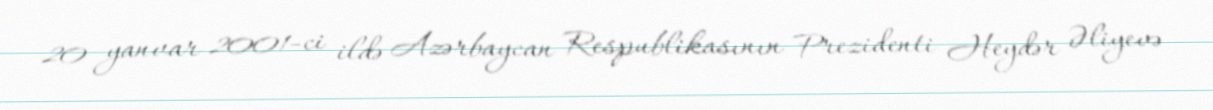
20 yanvar 2001-ci ildə Azərbaycan Respublikasının Prezidenti Heydər Əliyevə